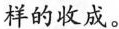
样的收成。